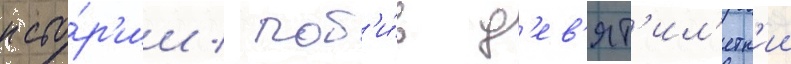
исто́р'ии / поб'и́в д'ев'ят'ил'етн'ии